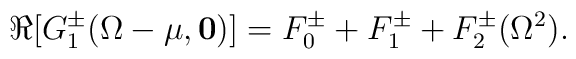
\Re[G_1^\pm(\Omega-\mu,{\mathbf 0})]=F_0^\pm +F_1^\pm +F_2^\pm(\Omega^2).